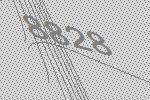
8828